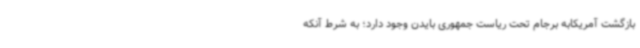
بازگشت آمریکابه برجام تحت ریاست جمهوری بایدن وجود دارد؛ به شرط آنکه